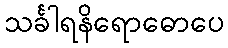
သင်္ခါရနိရောဓောပေ